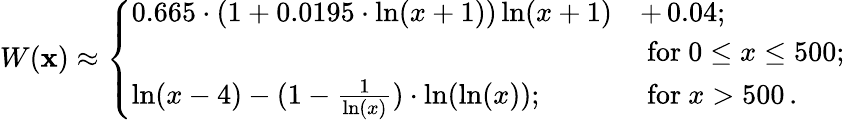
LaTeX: W(\mathbf{x})\approx\left\{ \begin{array}{ll}{{0.665\cdot\left(1+0.0195\cdot\ln(x+1)\right)\ln(x+1)}}&{{+\, 0.04;}}\\ {{}}&{{\mathrm{\ for\ }0\leq x\leq 500;}}\\ {{\ln(x-4)-(1-\frac{1}{\ln(x)})\cdot\ln(\ln(x));}}&{{\mathrm{\ for\ }x>500\, .}}\end{array}\right.